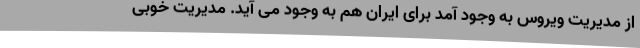
از مدیریت ویروس به وجود آمد برای ایران هم به وجود می آید. مدیریت خوبی